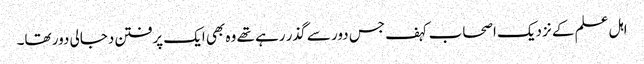
اہل علم کے نزدیک اصحاب کہف جس دور سے گذر رہے تھے وہ بھی ایک پرفتن دجالی دور تھا۔